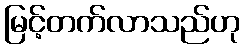
မြင့်တက်လာသည်ဟု